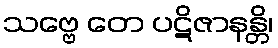
သဗ္ဗေ တေ ပဋိဇာနန္တိ၊